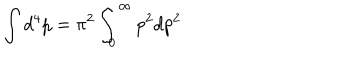
\int d ^ { 4 } p = \pi ^ { 2 } \int _ { 0 } ^ { \infty } p ^ { 2 } d p ^ { 2 }